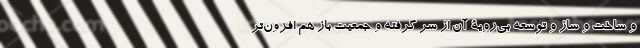
و ساخت و ساز و توسعه بی‌رویة آن از سر گرفته و جمعیت باز هم افزون‌تر